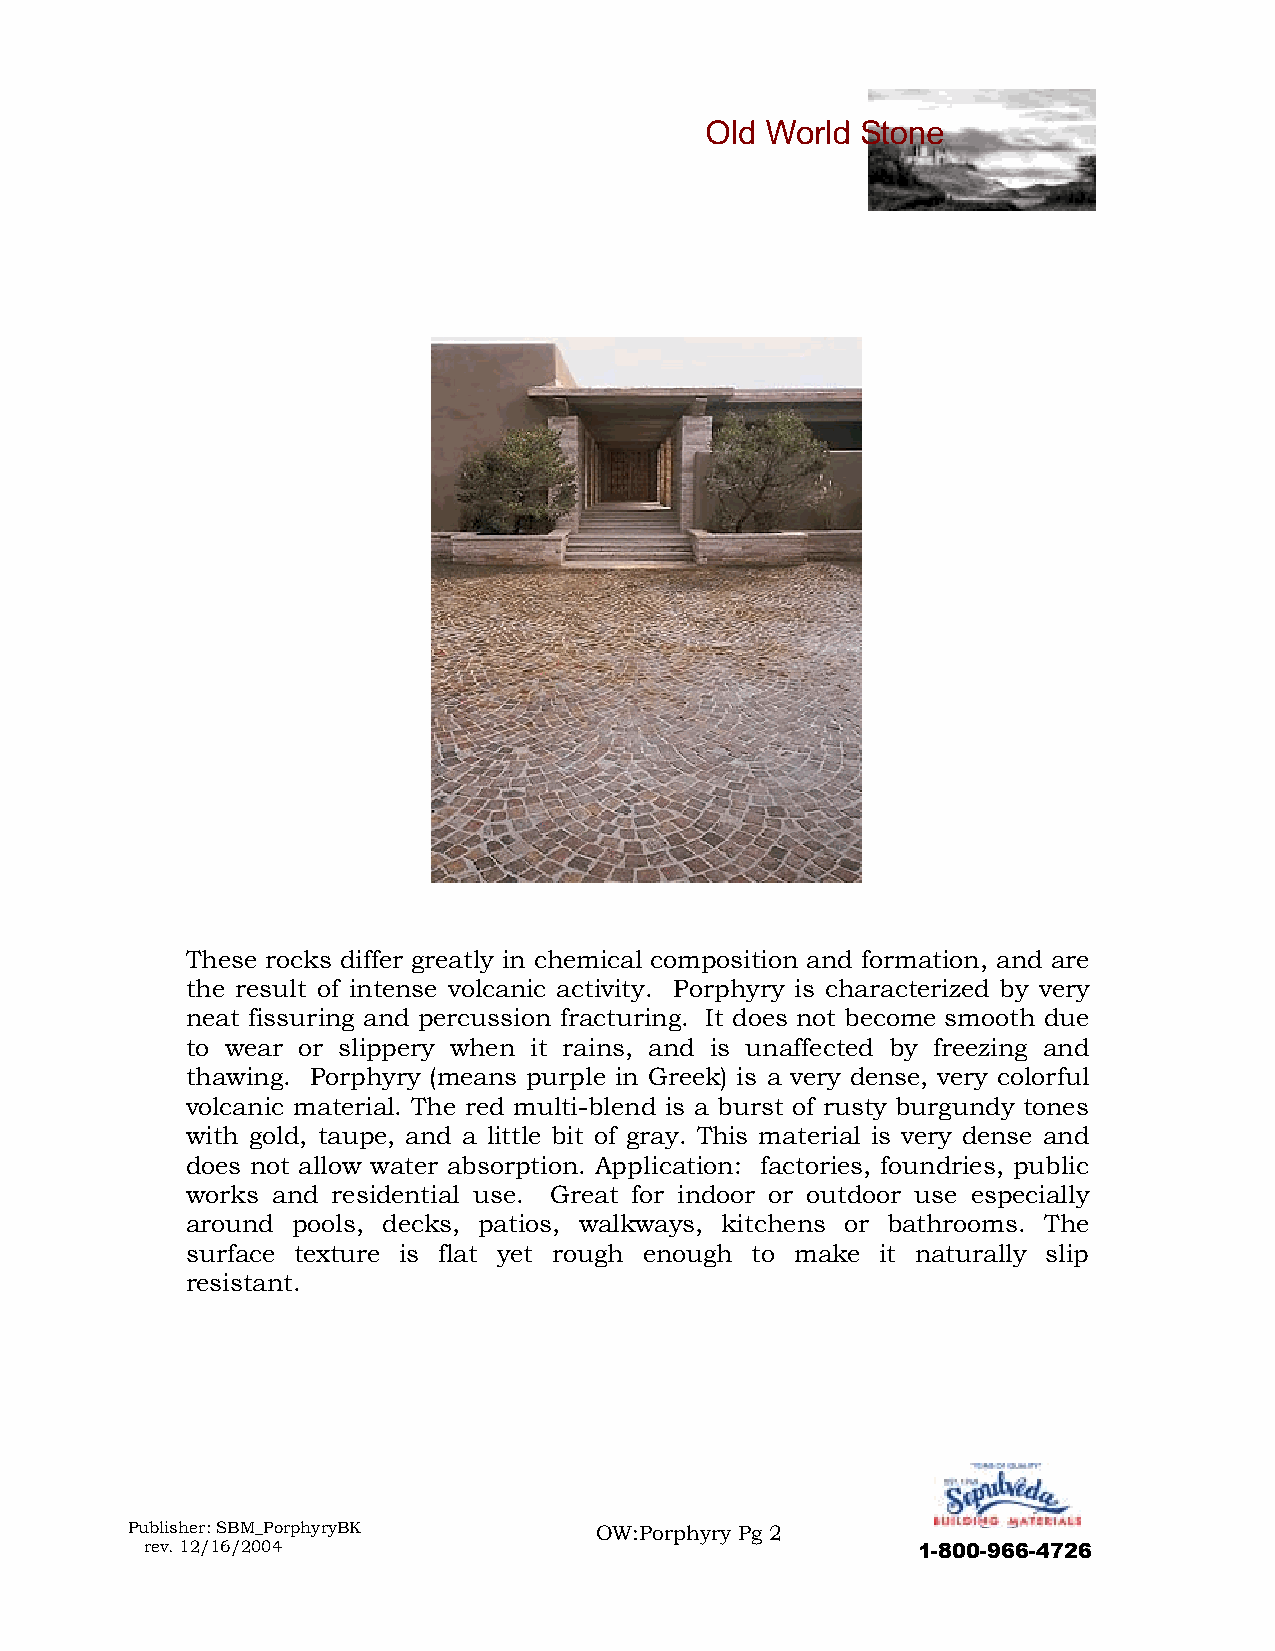
These rocks differ greatly in chemical composition and formation, and are
 the result of intense volcanic activity. Porphyry is characterized by very
 neat fissuring and percussion fracturing. It does not become smooth due
 to wear or slippery when it rains, and is unaffected by freezing and
 thawing. Porphyry (means purple in Greek) is a very dense, very colorful
 volcanic material. The red multi-blend is a burst of rusty burgundy tones
 with gold, taupe, and a little bit of gray. This material is very dense and
 does not allow water absorption. Application: factories, foundries, public
 works and residential use. Great for indoor or outdoor use especially
 around pools, decks, patios, walkways, kitchens or bathrooms. The
 surface texture is flat yet rough enough to make it naturally slip
 resistant.
 Publisher: SBM_PorphyryBK      OW:Porphyry Pg 2
 rev. 12/16/2004                                    1-800-966-4726